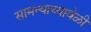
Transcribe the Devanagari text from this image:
सामन्याच्यावेळी